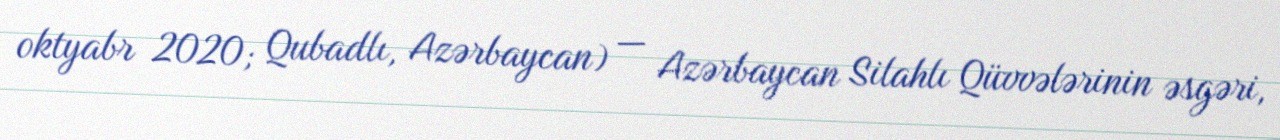
oktyabr 2020; Qubadlı, Azərbaycan) — Azərbaycan Silahlı Qüvvələrinin əsgəri,